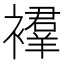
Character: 𫌔